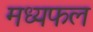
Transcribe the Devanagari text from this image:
मध्यफल